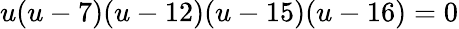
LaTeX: u(u-7)(u-12)(u-15)(u-16)=0